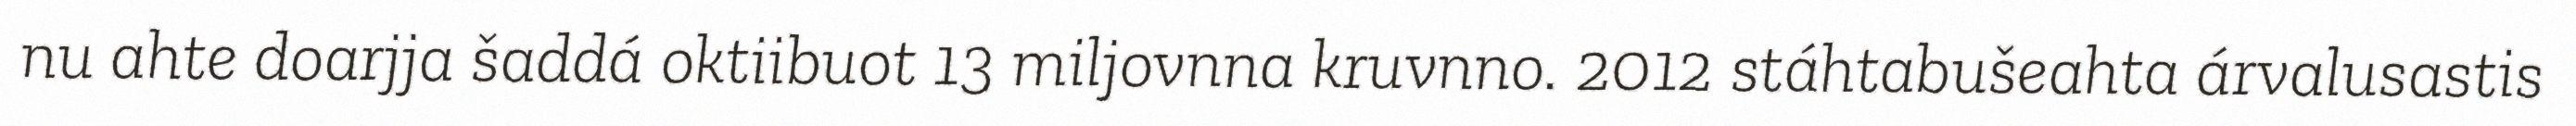
nu ahte doarjja šaddá oktiibuot 13 miljovnna kruvnno. 2012 stáhtabušeahta árvalusastis